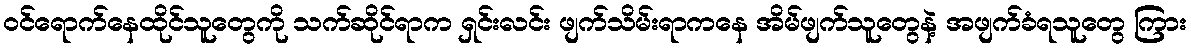
ဝင်ရောက်နေထိုင်သူတွေကို သက်ဆိုင်ရာက ရှင်းလင်း ဖျက်သိမ်းရာကနေ အိမ်ဖျက်သူတွေနဲ့ အဖျက်ခံရသူတွေ ကြား